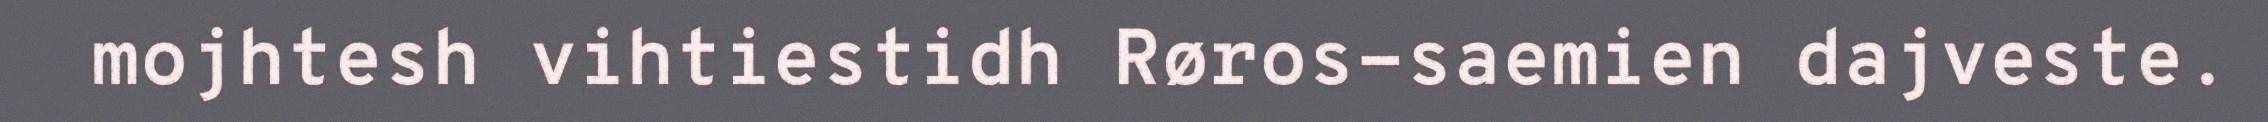
mojhtesh vihtiestidh Røros-saemien dajveste.